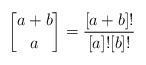
LaTeX: \begin{align*}{a+b\brack a}=\frac{[a+b]!}{[a]![b]!}\end{align*}